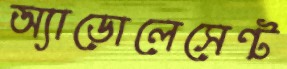
অ্যাডোলেসেন্ট